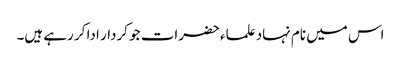
اس میں نام نہاد علماء حضرات جو کردار ادا کر رہے ہیں۔